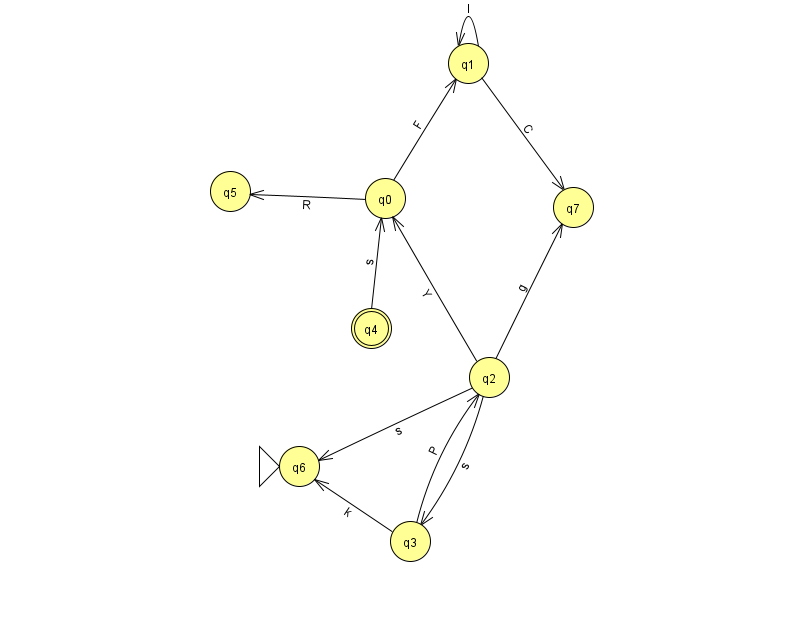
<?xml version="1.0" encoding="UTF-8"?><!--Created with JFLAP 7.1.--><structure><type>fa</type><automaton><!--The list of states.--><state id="0" name="q0"><x>385.0</x><y>185.0</y></state><state id="1" name="q1"><x>468.0</x><y>50.0</y></state><state id="2" name="q2"><x>489.0</x><y>364.0</y></state><state id="3" name="q3"><x>410.0</x><y>528.0</y></state><state id="4" name="q4"><x>371.0</x><y>315.0</y><final/></state><state id="5" name="q5"><x>230.0</x><y>178.0</y></state><state id="6" name="q6"><x>299.0</x><y>453.0</y><initial/></state><state id="7" name="q7"><x>573.0</x><y>194.0</y></state><!--The list of transitions.--><transition><from>2</from><to>0</to><read>Y</read></transition><transition><from>2</from><to>6</to><read>s</read></transition><transition><from>4</from><to>0</to><read>s</read></transition><transition><from>3</from><to>2</to><read>P</read></transition><transition><from>1</from><to>7</to><read>C</read></transition><transition><from>2</from><to>7</to><read>g</read></transition><transition><from>2</from><to>3</to><read>s</read></transition><transition><from>0</from><to>1</to><read>F</read></transition><transition><from>1</from><to>1</to><read>I</read></transition><transition><from>0</from><to>5</to><read>R</read></transition><transition><from>3</from><to>6</to><read>k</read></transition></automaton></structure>